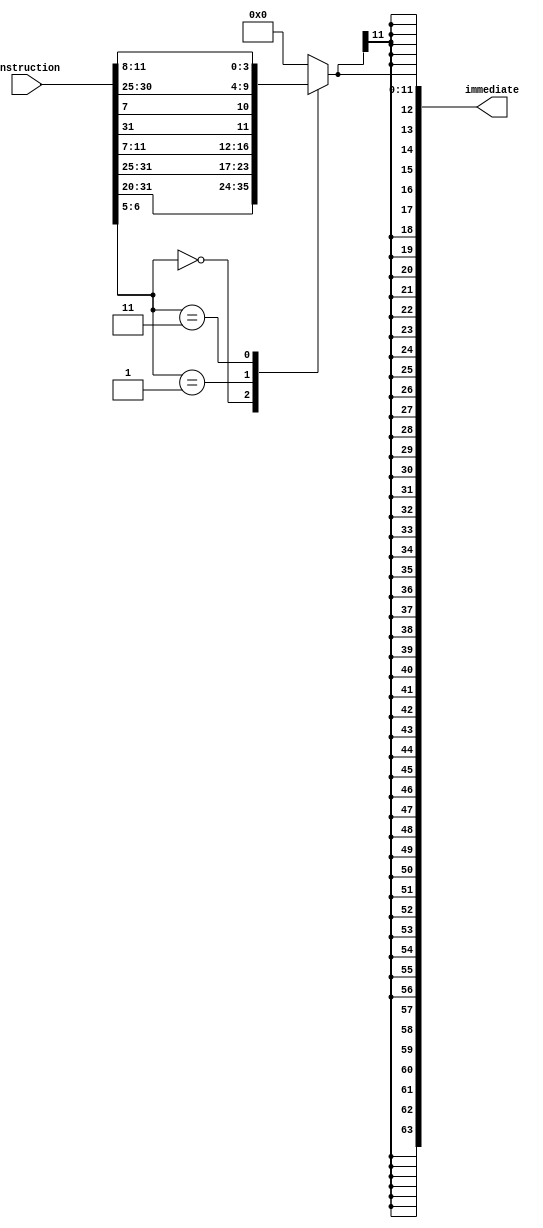
module Immediate_Data_Generator(
  input [31:0] instruction,
  output reg [63:0] immediate
);
  
  wire [6:5] field;
  assign field = instruction[6:5];

    always @ (*)
    begin
      case (field)
        
        2'b00: immediate[11:0] = {instruction[31:20]}; // load instructions 
        2'b01: immediate[11:0] = {instruction[31:25], instruction[11:7] };   // store instructions   
        2'b11: immediate[11:0] = {instruction[31], instruction[7], instruction[30:25], instruction[11:8]}; // branch instructions
                                                                                              
        default: immediate[11:0] = 12'b0;
      endcase
      
     immediate = { {52  {immediate[11]}}, immediate[11:0] } ;
    end  
endmodule